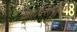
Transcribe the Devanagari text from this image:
क्रान्तियुग